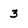
Character: 3